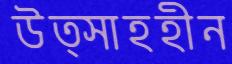
উত্সাহহীন